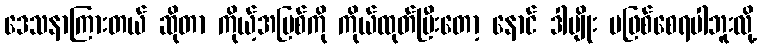
ဒေသနာကြားတယ် ဆိုတာ ကိုယ့်အပြစ်ကို ကိုယ်ထုတ်ပြီးတော့ နောင် ဒါမျိုး မဖြစ်စေရပါဘူးလို့